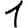
Digit: 1